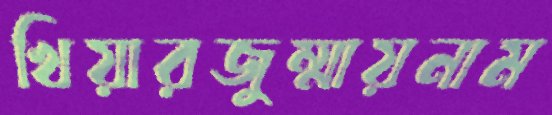
খিয়ারজুম্মায়নাম